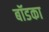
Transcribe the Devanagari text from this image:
बॉडका